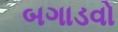
બગાડવો